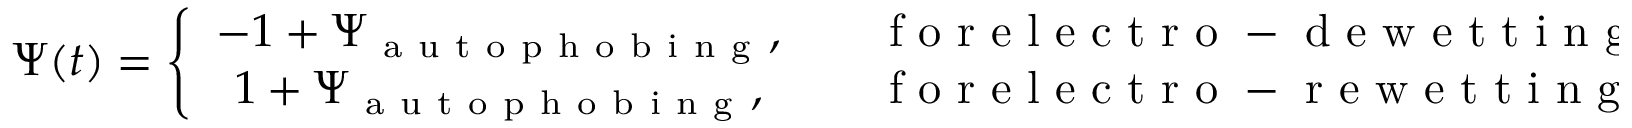
\Psi ( t ) = \left\{ \begin{array} { c l } { - 1 + \Psi _ { \mathrm { ~ a ~ u ~ t ~ o ~ p ~ h ~ o ~ b ~ i ~ n ~ g ~ } } , } & { \quad \mathrm { ~ f ~ o ~ r ~ e ~ l ~ e ~ c ~ t ~ r ~ o ~ - ~ d ~ e ~ w ~ e ~ t ~ t ~ i ~ n ~ g ~ } , } \\ { 1 + \Psi _ { \mathrm { ~ a ~ u ~ t ~ o ~ p ~ h ~ o ~ b ~ i ~ n ~ g ~ } } , } & { \quad \mathrm { ~ f ~ o ~ r ~ e ~ l ~ e ~ c ~ t ~ r ~ o ~ - ~ r ~ e ~ w ~ e ~ t ~ t ~ i ~ n ~ g ~ } , } \end{array} \right.